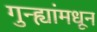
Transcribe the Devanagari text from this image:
गुन्ह्यांमधून